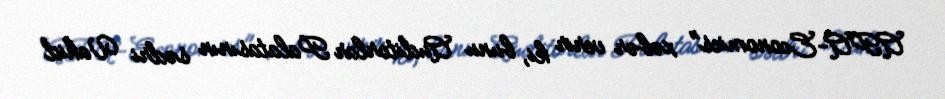
APA-Economics" xəbər verir ki, bunu Auditorlar Palatasının sədri Vahid